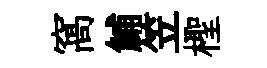
窩鯆笠檉